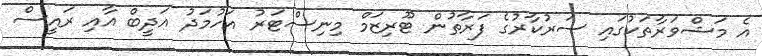
އެ މަޝްވަރާތަކުގައި ސަރުކާރުގެ ފަރާތުން ޓޫރިޒަމް މިނިސްޓަރު އަހުމަދު އަދީބް އާއި ރައީސް